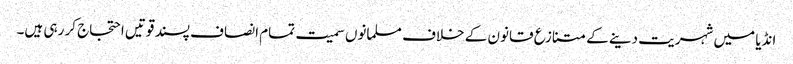
انڈیا میں شہریت دینے کے متنازع قانون کے خلاف مسلمانوں سمیت تمام انصاف پسند قوتیں احتجاج کر رہی ہیں۔